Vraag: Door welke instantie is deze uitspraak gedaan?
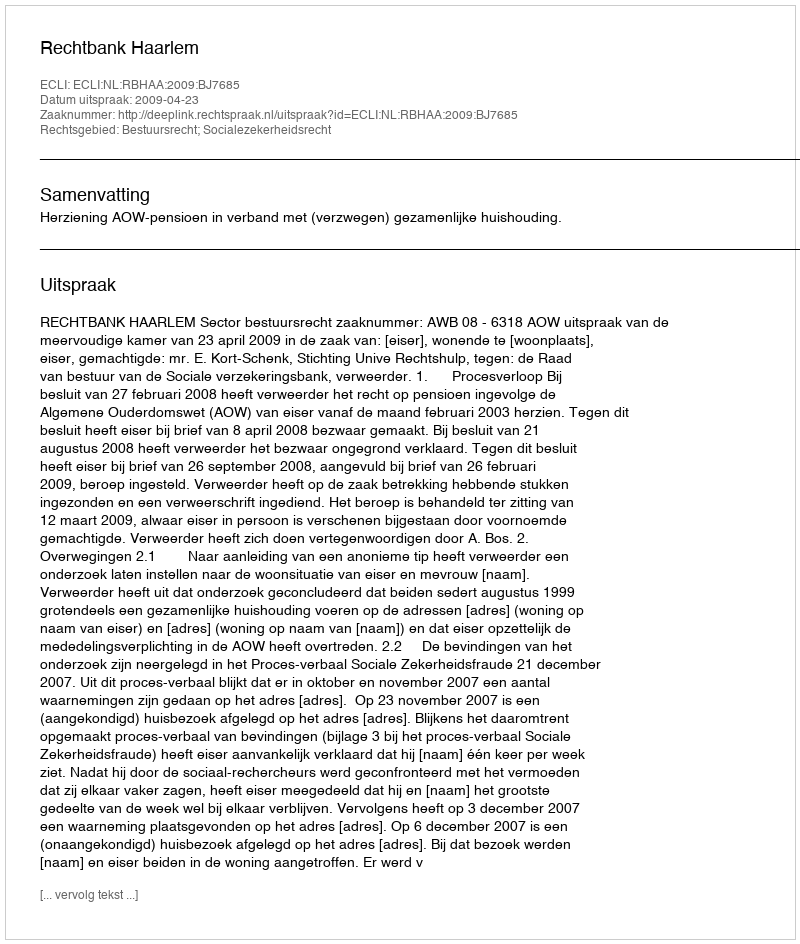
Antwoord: Rechtbank Haarlem